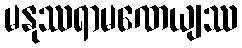
မနုဿရာမဏေယျဿ